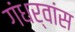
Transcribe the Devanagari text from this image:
गंधर्वांस